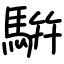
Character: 騈